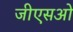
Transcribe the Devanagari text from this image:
जीएसओ